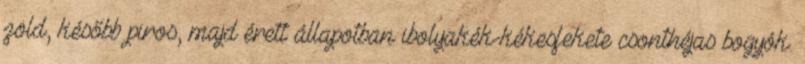
zöld, később piros, majd érett állapotban ibolyakék-kékesfekete csonthéjas bogyók.